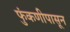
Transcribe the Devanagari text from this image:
फुंकणीपासून